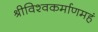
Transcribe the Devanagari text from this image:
श्रीविश्वकर्माणमहं